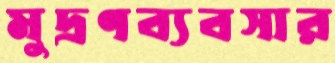
মুদ্রণব্যবসার